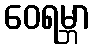
ဝေရမ္ဘာ